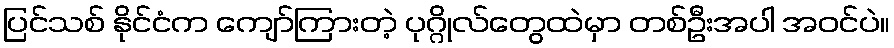
ပြင်သစ် နိုင်ငံက ကျော်ကြားတဲ့ ပုဂ္ဂိုလ်တွေထဲမှာ တစ်ဦးအပါ အဝင်ပဲ။